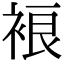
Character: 𧚅